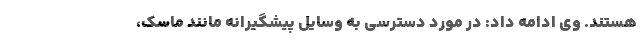
هستند. وی ادامه داد: در مورد دسترسی به وسایل پیشگیرانه مانند ماسک،